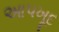
આપખૂદ